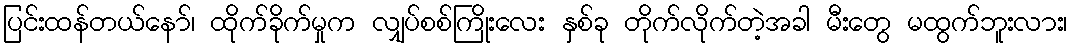
ပြင်းထန်တယ်နော်၊ ထိုက်ခိုက်မှုက လျှပ်စစ်ကြိုးလေး နှစ်ခု တိုက်လိုက်တဲ့အခါ မီးတွေ မထွက်ဘူးလား၊